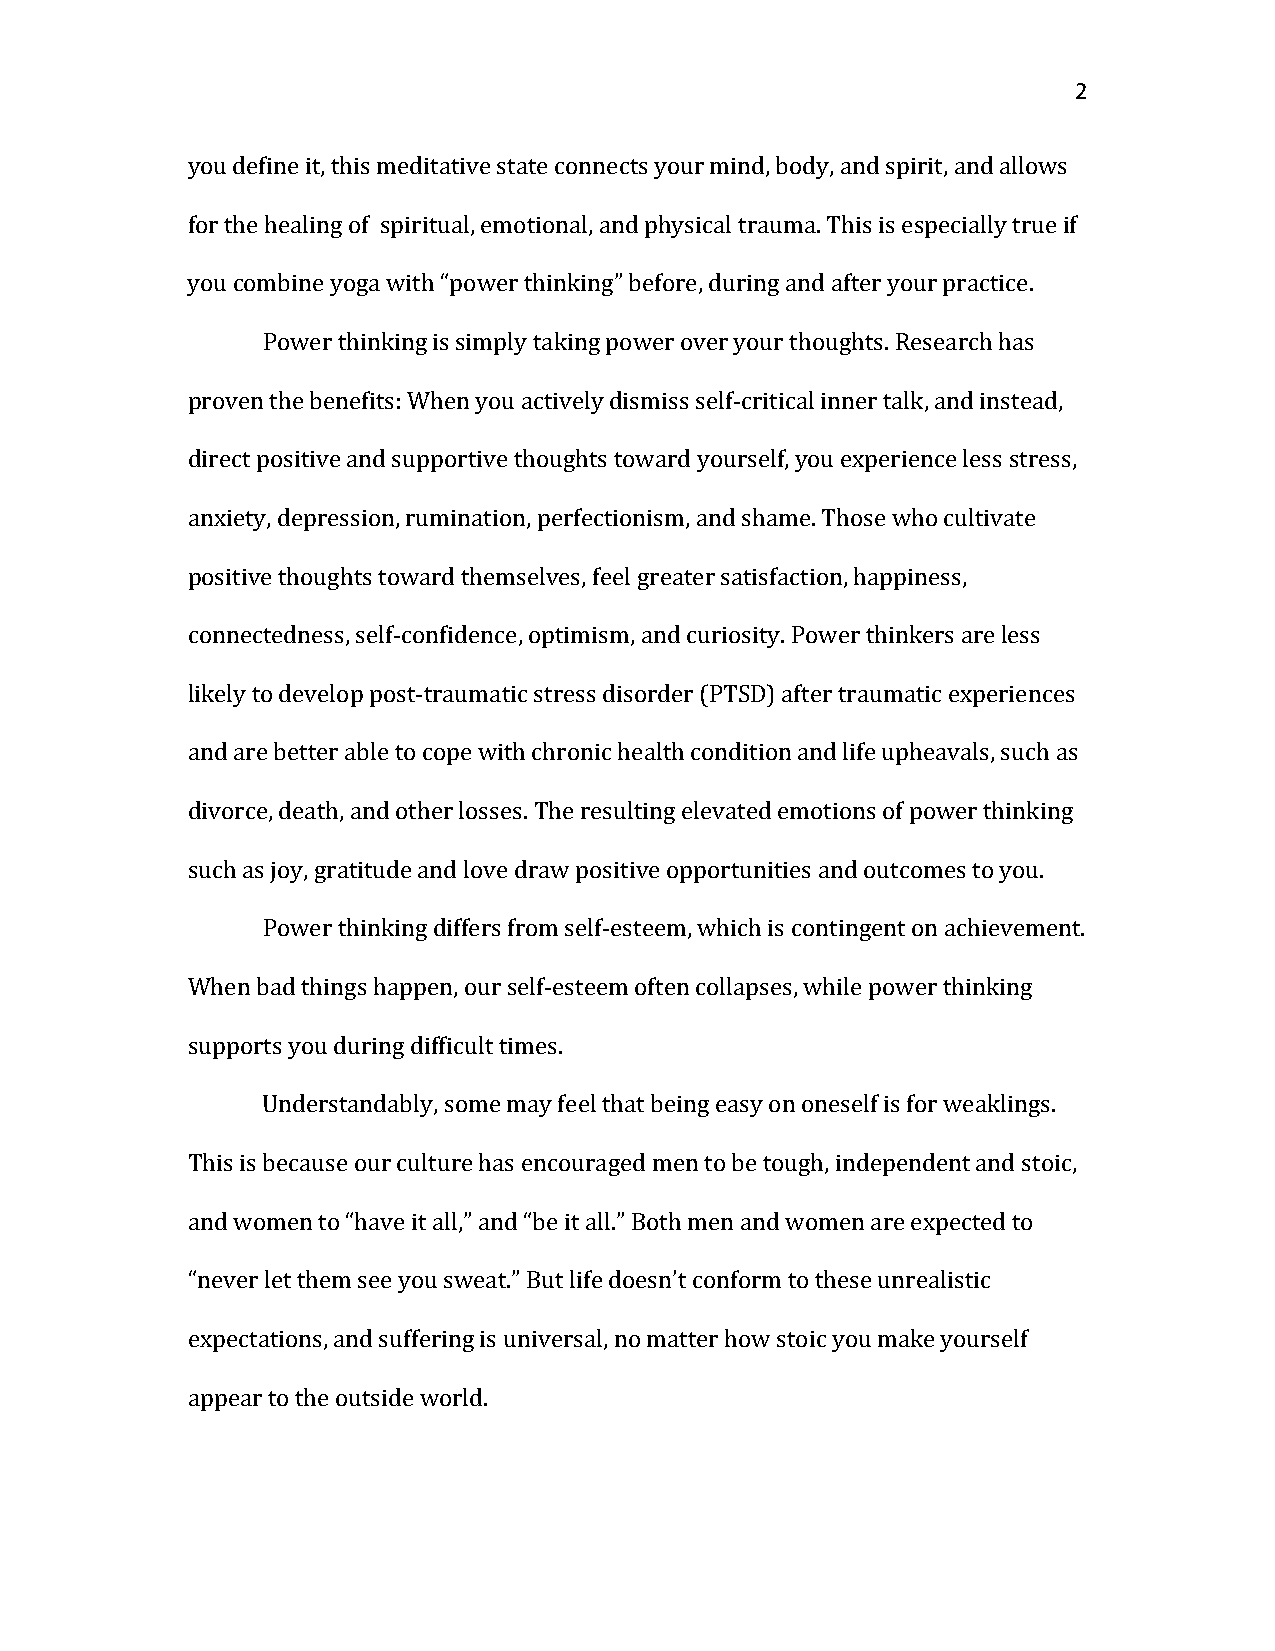
2
 you define it, this meditative state connects your mind, body, and spirit, and allows
 for the healing of spiritual, emotional, and physical trauma. This is especially true if
 you combine yoga with “power thinking” before, during and after your practice.
 Power thinking is simply taking power over your thoughts. Research has
 proven the benefits: When you actively dismiss self-critical inner talk, and instead,
 direct positive and supportive thoughts toward yourself, you experience less stress,
 anxiety, depression, rumination, perfectionism, and shame. Those who cultivate
 positive thoughts toward themselves, feel greater satisfaction, happiness,
 connectedness, self-confidence, optimism, and curiosity. Power thinkers are less
 likely to develop post-traumatic stress disorder (PTSD) after traumatic experiences
 and are better able to cope with chronic health condition and life upheavals, such as
 divorce, death, and other losses. The resulting elevated emotions of power thinking
 such as joy, gratitude and love draw positive opportunities and outcomes to you.
 Power thinking differs from self-esteem, which is contingent on achievement.
 When bad things happen, our self-esteem often collapses, while power thinking
 supports you during difficult times.
 Understandably, some may feel that being easy on oneself is for weaklings.
 This is because our culture has encouraged men to be tough, independent and stoic,
 and women to “have it all,” and “be it all.” Both men and women are expected to
 “never let them see you sweat.” But life doesn’t conform to these unrealistic
 expectations, and suffering is universal, no matter how stoic you make yourself
 appear to the outside world.